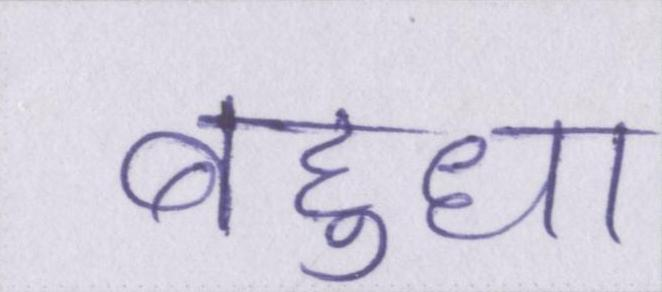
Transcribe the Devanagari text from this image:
बहुधा